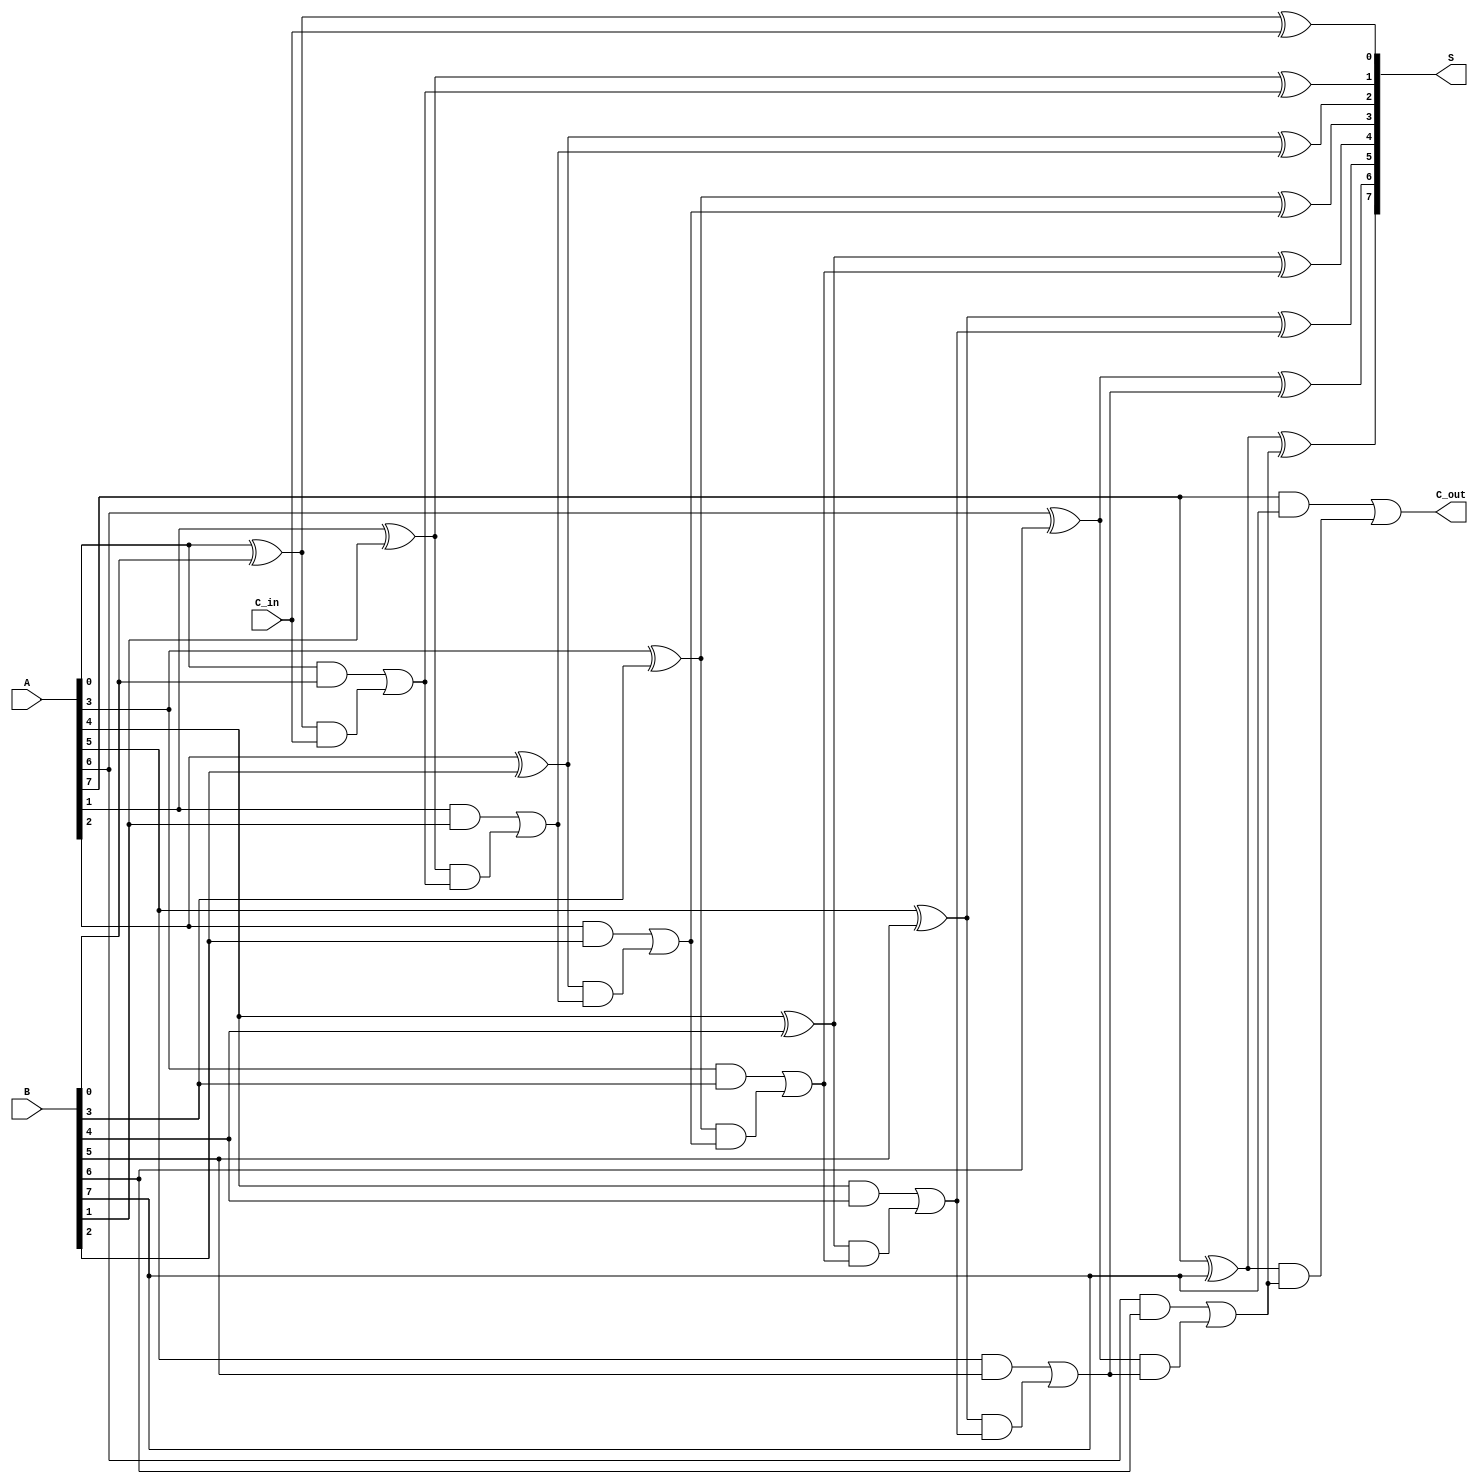
module ling_adder #(
    parameter N = 8 // Define the bit width (default to 8 bits)
)(
    input [N-1:0] A,     // First n-bit binary number
    input [N-1:0] B,     // Second n-bit binary number
    input C_in,          // Input carry bit
    output [N-1:0] S,    // n-bit sum output
    output C_out         // Output carry bit
);

    wire [N-1:0] G;      // Carry generate signals
    wire [N-1:0] P;      // Carry propagate signals
    wire [N:0] C;        // Carry signals (C[0] = C_in, C[N] = C_out)

    // Generate and propagate signals
    genvar i;
    generate
        for (i = 0; i < N; i = i + 1) begin : full_adder
            assign G[i] = A[i] & B[i];                  // Generate
            assign P[i] = A[i] ^ B[i];                  // Propagate
            
            // Full adder sum
            assign S[i] = P[i] ^ C[i];                   // Sum
        end
    endgenerate

    // Carry signals
    assign C[0] = C_in; // Initial carry input
    generate
        for (i = 0; i < N; i = i + 1) begin : carry_logic
            if (i == 0) begin
                // Carry out for the first bit
                assign C[i + 1] = G[i] | (P[i] & C[i]);
            end else begin
                // Carry out for subsequent bits
                assign C[i + 1] = G[i] | (P[i] & C[i]);
            end
        end
    endgenerate

    // Final carry out
    assign C_out = C[N];

endmodule